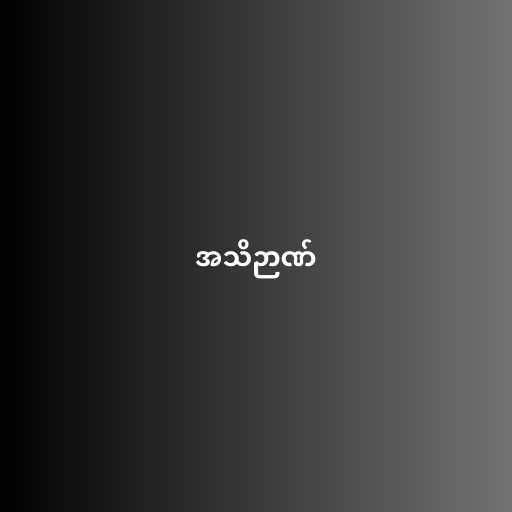
အသိဉာဏ်